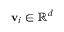
\mathbf { v } _ { i } \in \mathbb { R } ^ { d }